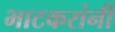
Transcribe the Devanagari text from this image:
भाटकरांनी